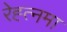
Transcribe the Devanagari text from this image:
रेह्त्नमा